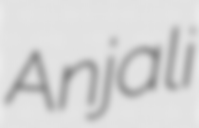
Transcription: Anjali